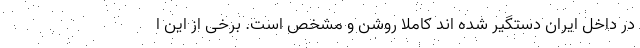
در داخل ایران دستگیر شده اند کاملا روشن و مشخص است. برخی از این ا